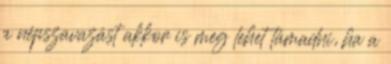
a népszavazást akkor is meg lehet támadni, ha a